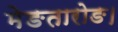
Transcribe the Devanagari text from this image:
मेङतारोङ।